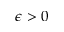
\epsilon > 0